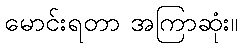
မောင်းရတာ အကြာဆုံး။